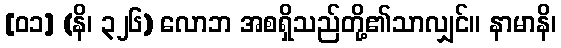
[၀၁] (နိ၊ ၃၂၆) လောဘ အစရှိသည်တို့၏သာလျှင်။ နာမာနိ၊